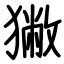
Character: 獙